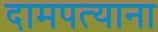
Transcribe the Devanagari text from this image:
दामपत्याना